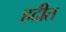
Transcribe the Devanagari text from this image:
हदीत